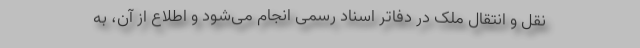
نقل و انتقال ملک در دفاتر اسناد رسمی انجام می‌شود و اطلاع از آن، به